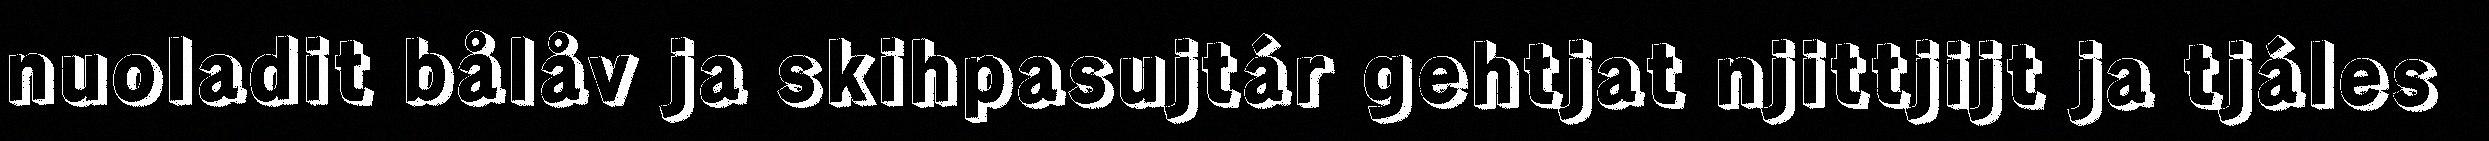
nuoladit bålåv ja skihpasujtár gehtjat njittjijt ja tjáles